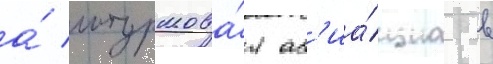
а́ штурмова́я ав'иа́циа в